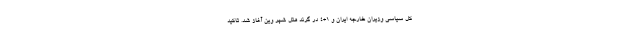
کل سیاسی وزیران خارجه ایران و ۱+۴ در گرند هتل شهر وین آغاز شد. تاکید